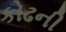
કોઢની